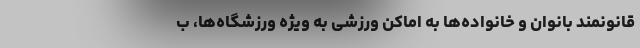
قانونمند بانوان و خانواده‌ها به اماکن ورزشی به ویژه ورزشگاه‌ها، ب